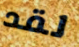
لقد